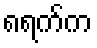
၈ရက်က